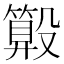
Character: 𣫑